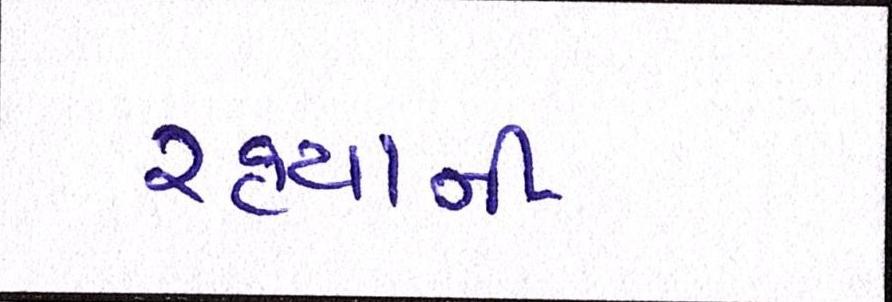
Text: રહ્યાની